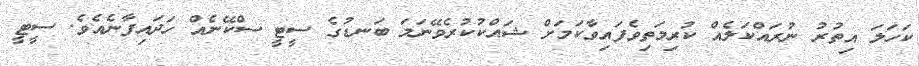
ކަހަލަ އިތުރު ނުރައްކަލެއް ކުރިމަތިވެފައިވާކަމަށް ޝައްކުކުރެވޭނަމަ ބަނޑުގެ ސީޓީ ސްކޭނެއް ހަދައިފާނެއެވެ. ސީޓީ